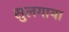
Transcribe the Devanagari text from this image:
सुलगाया